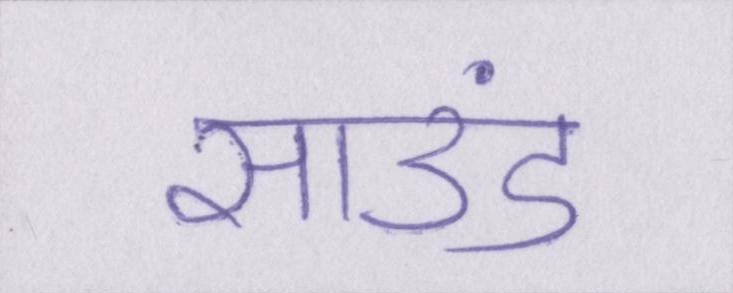
साउंड